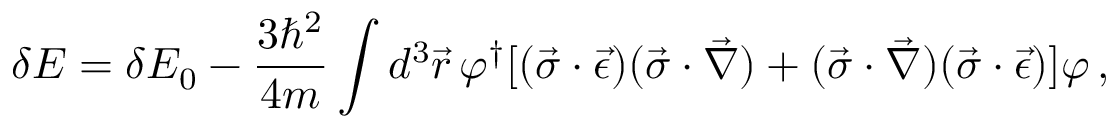
\delta { \cal E } = \delta { \cal E } _ { 0 } - \frac { 3 \hbar ^ { 2 } } { 4 m } \int d ^ { 3 } \vec { r } \, \varphi ^ { \dagger } [ ( \vec { \sigma } \cdot \vec { \epsilon } ) ( \vec { \sigma } \cdot \vec { \nabla } ) + ( \vec { \sigma } \cdot \vec { \nabla } ) ( \vec { \sigma } \cdot \vec { \epsilon } ) ] \varphi \, { , }